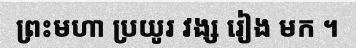
ព្រះមហា ប្រយូរ វង្ស រៀង មក ។